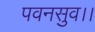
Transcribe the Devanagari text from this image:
पवनसुव।।